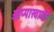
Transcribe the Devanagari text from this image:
आप्पास्वामीं